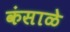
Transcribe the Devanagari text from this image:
कंसाळे